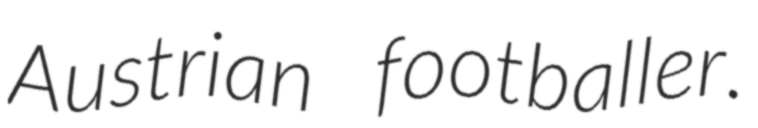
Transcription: Austrian footballer.